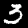
Label: 3